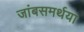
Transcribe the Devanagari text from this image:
जांबसमर्थया